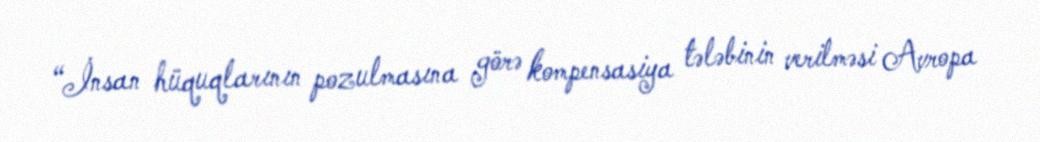
“İnsan hüquqlarının pozulmasına görə kompensasiya tələbinin verilməsi Avropa